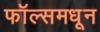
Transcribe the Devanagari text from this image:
फॉल्समधून